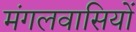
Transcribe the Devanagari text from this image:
मंगलवासियों